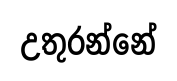
උතුරන්නේ